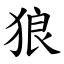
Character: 狼